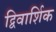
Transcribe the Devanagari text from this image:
द्विवार्शिक